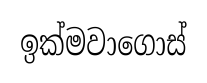
ඉක්මවාගොස්